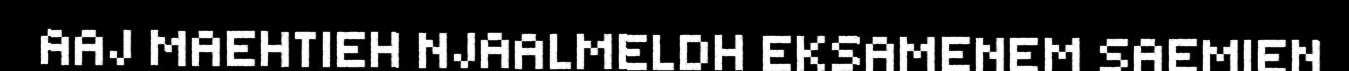
AAJ MAEHTIEH NJAALMELDH EKSAMENEM SAEMIEN